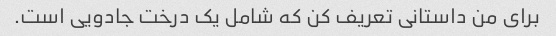
برای من داستانی تعریف کن که شامل یک درخت جادویی است.